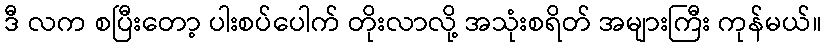
ဒီ လက စပြီးတော့ ပါးစပ်ပေါက် တိုးလာလို့ အသုံးစရိတ် အများကြီး ကုန်မယ်။